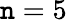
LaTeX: \mathtt{n}=5